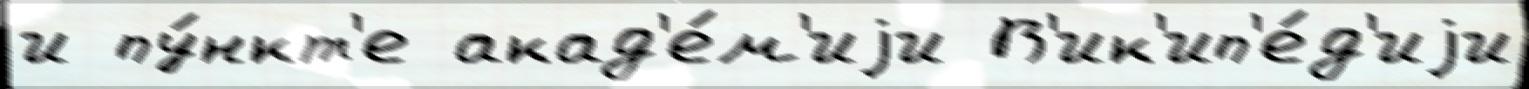
и пу́нкт'е акад'е́м'иjи В'ик'ип'е́д'иjи